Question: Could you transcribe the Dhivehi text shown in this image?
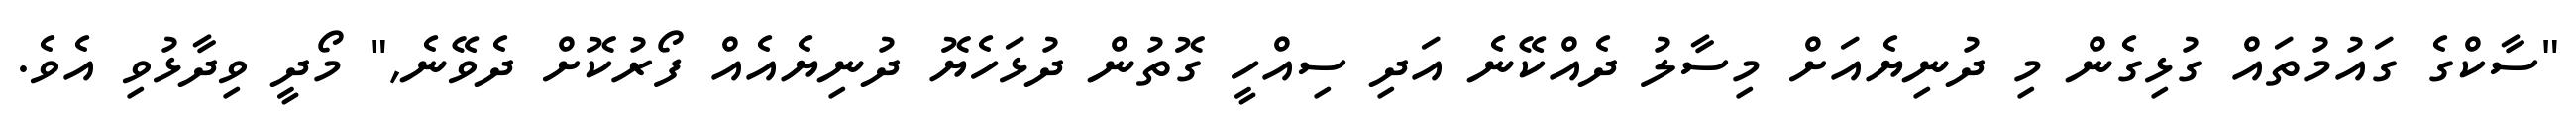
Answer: "ސާކްގެ ގައުމުތައް ގުޅިގެން މި ދުނިޔެއަށް މިސާލު ދެއްކޭނެ އަދި ސިއްހީ ގޮތުން ދުޅަހެޔޮ ދުނިޔެއެއް ފޯރުކޮށް ދެވޭނެ," މޯދީ ވިދާޅުވި އެވެ.